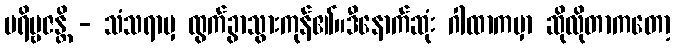
ပရိဗ္ဗဇန္တိ - သံသရာမှ ထွက်ခွာသွားကုန်၏။ဒီနောက်ဆုံး ဂါထာကမှာ ဆိုလိုတာကတော့